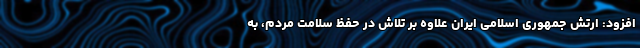
افزود: ارتش جمهوری اسلامی ایران علاوه بر تلاش در حفظ سلامت مردم، به